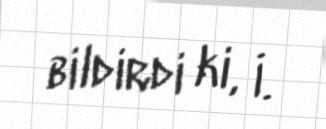
bildirdi ki, İ.